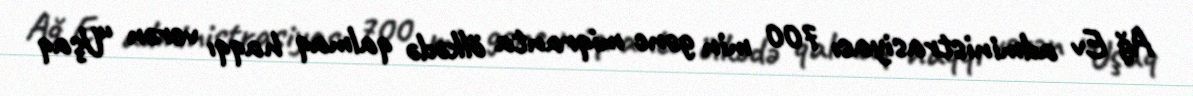
Ağ Ev administrasiyası 700 min gənc miqranta ölkədə qalmaq haqqı verən “Uşaq